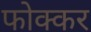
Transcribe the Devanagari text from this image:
फोक्‍कर